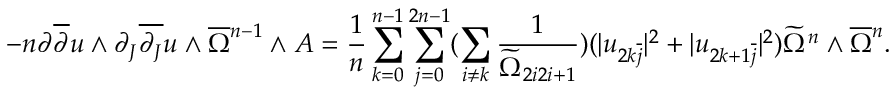
- n \partial \overline { { \partial } } u \wedge \partial _ { J } \overline { { \partial _ { J } } } u \wedge \overline { { \Omega } } { \mathstrut } ^ { n - 1 } \wedge A = \frac { 1 } { n } \sum _ { k = 0 } ^ { n - 1 } \sum _ { j = 0 } ^ { 2 n - 1 } ( \sum _ { i \neq k } \frac { 1 } { \widetilde { \Omega } _ { 2 i 2 i + 1 } } ) ( | u _ { 2 k \overline { { j } } } | ^ { 2 } + | u _ { 2 k + 1 \overline { { j } } } | ^ { 2 } ) \widetilde { \Omega } ^ { n } \wedge \overline { { \Omega } } { \mathstrut } ^ { n } .